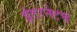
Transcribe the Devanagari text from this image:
इंटरनेटचं